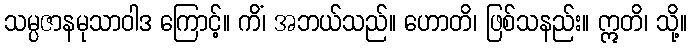
သမ္ပဇာနမုသာဝါဒ ကြောင့်။ ကိံ၊ အဘယ်သည်။ ဟောတိ၊ ဖြစ်သနည်း။ ဣတိ၊ သို့။